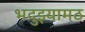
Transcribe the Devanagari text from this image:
भदुइयामठ